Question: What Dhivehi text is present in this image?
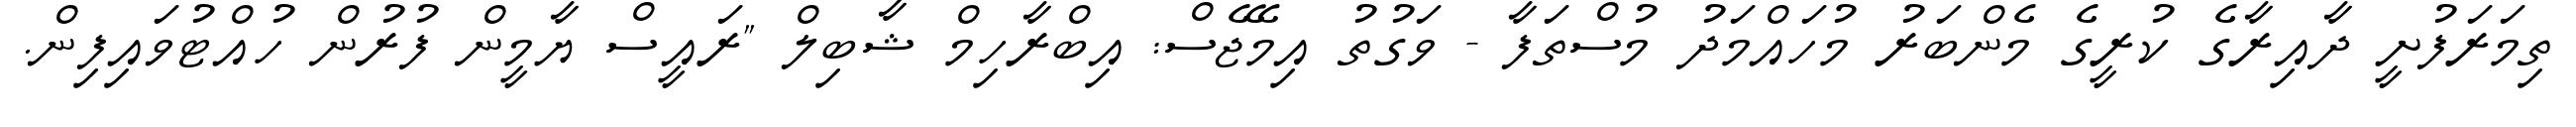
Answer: ތިމަރަފުށީ ދާއިރާގެ ކުރީގެ މެންބަރު މުހައްމަދު މުސްތަފާ - ވަގުތު އިމޭޖެސް: އިބްރާހިމް ޝާބިލް "ރައީސް ޔާމީން ފުރުން ހުއްޓުވައިފިން.